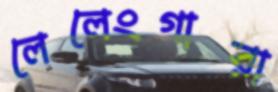
লেলেংগারা